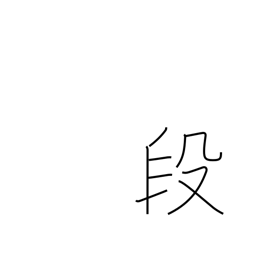
Meaning: stairs